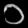
Digit: ၁